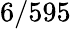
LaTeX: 6/595